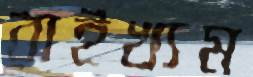
রাইখ্যম